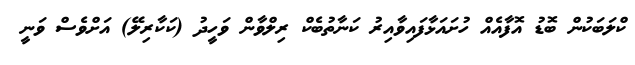
ކްލަބަކުން ބޮޑު އޮފާއެއް ހުށައަޅާފައިވާއިރު ކަނާތުބެކް ރިލްވާން ވަހީދު (ކަކާރިލޭ) އަށްވެސް ވަނީ